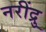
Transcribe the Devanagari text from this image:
नरींद्रु